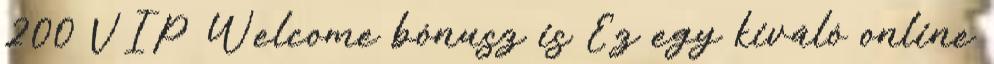
200 VIP Welcome bónusz is Ez egy kiváló online